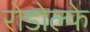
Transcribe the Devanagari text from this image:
रोडोल्फे